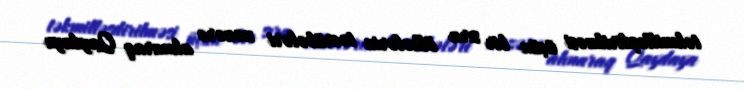
təkmilləşdirilməsi üçün bir sıra ölkələrin təcrübələri nəzərə alınaraq Qaydaya